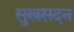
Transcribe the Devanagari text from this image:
सुखसदन